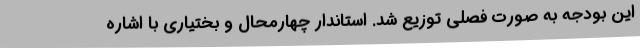
این بودجه به صورت فصلی توزیع شد. استاندار چهارمحال و بختیاری با اشاره